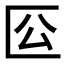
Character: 𠤰